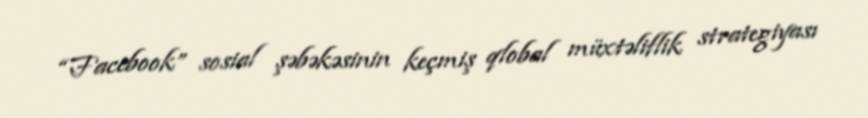
“Facebook” sosial şəbəkəsinin keçmiş qlobal müxtəliflik strategiyası